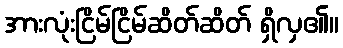
အားလုံးငြိမ်ငြိမ်ဆိတ်ဆိတ် ရှိလှ၏။